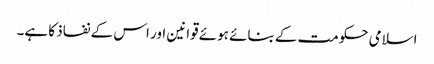
اسلامی حکومت کے بنائے ہوئے قوانین اور اس کے نفاذ کا ہے۔